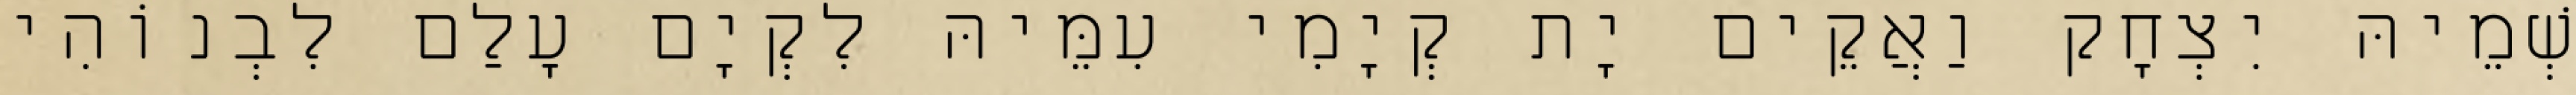
שְׁמֵיהּ יִצְחָק וַאֲקֵים יָת קְיָמִי עִמֵּיהּ לִקְיָם עָלַם לִבְנוֹהִי